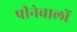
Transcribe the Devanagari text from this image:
पीनेवालों